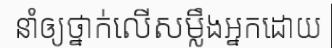
នាំឲ្យថ្នាក់លើសម្លឹងអ្នកដោយ